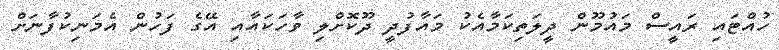
ހުއްޓައި ރައީސް މައުމޫން ދީލަތިކަމާއެކު މައާފުދީ ދޫކޮށްލި ވާހަކައާއި އޭގެ ފަހުން އެމަނިކުފާނަށް